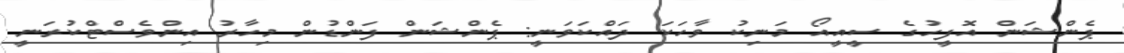
ޕެންޝަން އޮފީހުގެ ސީއީއޯ މަނިކު ވާހަކަ ދައްކަވަނީ: ޕެންޝަން ފަންޑުން މިހާރު އިންވެސްޓްކުރަނީ